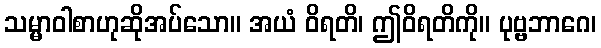
သမ္မာဝါစာဟုဆိုအပ်သော။ အယံ ဝိရတိ၊ ဤဝိရတိကို။ ပုဗ္ဗဘာဂေ၊